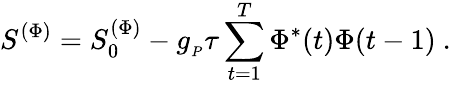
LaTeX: S^{(\Phi)}=S_{0}^{(\Phi)}-g_{_P}\tau\sum_{t=1}^{T}\Phi^{*}(t)\Phi(t-1)\ .